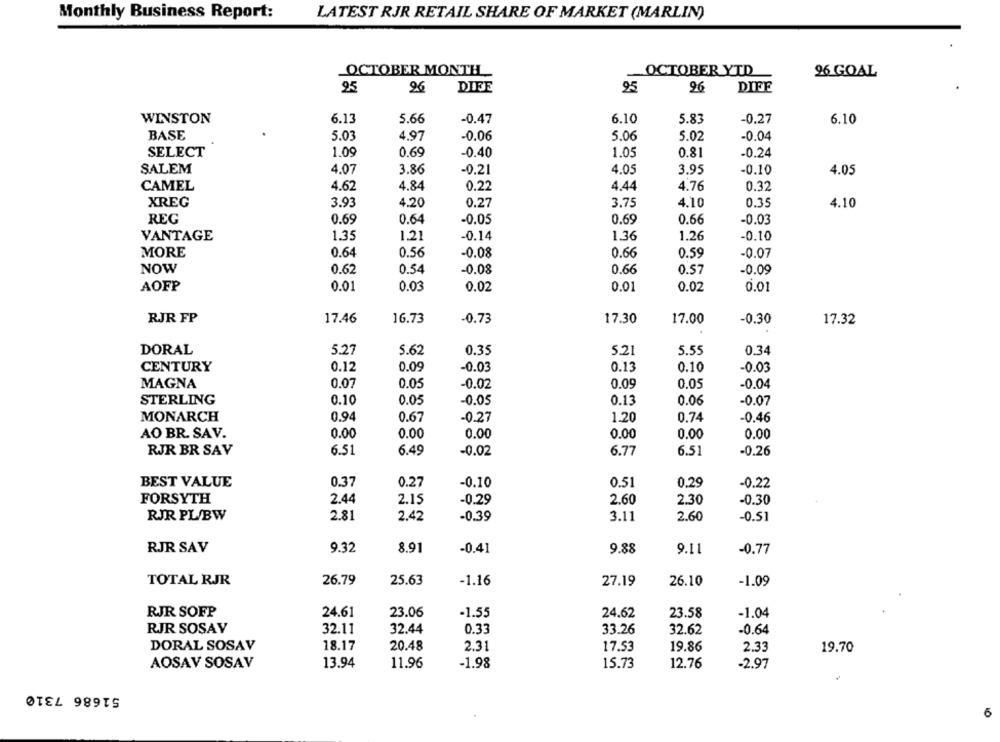
LATEST RJR RETAIL SHARE OF MARKET (MARLIN)
Monthly Business Report:
OCTOBER MONTH_
OCTOBER YTD
96 GOAL
95
96
DIFF
95
96
DIFE
6.13
6.10
-0.27
WINSTON
5.66
-0.47
5.83
6.10
BASE
5.03
4.97
-0.06
5.06
5.02
-0.04
SELECT
1.09
0.69
-0.40
1.05
0.81
-0.24
SALEM
4.07
3.86
-0.21
4.05
3.95
-0.10
4.05
4.62
4.84
0.22
4.44
4.76
CAMEL
0.32
XREG
3.93
4.20
0.27
3.75
4.10
0.35
4.10
REG
0.69
0.64
-0.05
0.69
0.66
-0.03
VANTAGE
1.35
1.21
-0.14
1.36
1.26
-0.10
MORE
0.64
0.56
-0.08
0.66
-0.07
0.59
NOW
0.62
0.54
-0.08
0.66
0.57
-0.09
AOFP
0.01
0.03
0.02
0.01
0.02
0.01
RJR FP
17.46
16.73
-0.73
17.30
17.00
-0.30
17.32
DORAL
5.27
5.62
0.35
5.21
5.55
0.34
CENTURY
0.12
0.05
-0.03
0.13
0.10
-0.03
MAGNA
0.07
0.05
-0.02
0.09
0.05
-0.04
STERLING
0.10
0.05
-0.05
0.13
0.06
-0.07
MONARCH
0.94
0.67
-0.27
1.20
0.74
-0.46
AO BR. SAV.
0.00
0.00
0.00
0.00
0.00
0.00
RJR BR SAV
6.51
6.49
-0.02
6.77
6.51
-0.26
BEST VALUE
0.37
0.27
0.51
-0.10
0.29
-0.22
FORSYTH
2.44
2.15
-0.29
2.60
2.30
-0.30
RJR PL/BW
2.81
2.42
-0.39
3.11
2.60
-0.51
RJR SAV
9.32
8.91
-0.41
9.88
9.11
-0.77
TOTAL RJR
26.79
25.63
-1.16
27.19
26.10
-1.09
RJR SOFP
24.61
23.06
-1.55
24.62
23.58
-1.04
RJR SOSAV
32.11
32.44
0.33
33.26
-0.64
32.62
DORAL SOSAV
18.17
20.48
2.31
17.53
19.86
2.33
19.70
AOSAV SOSAV
13.94
11.96
-1.98
15.73
12.76
-2.97
51686 7310
6